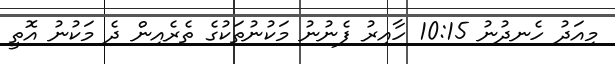
މިއަދު ހެނދުނު 10:15 ހާއިރު ފެނުނު މަކުނުތަކުގެ ތެރެއިން ދެ މަކުނު އޮތީ